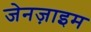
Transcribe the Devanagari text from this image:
जेनज़ाइम